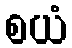
စယံ